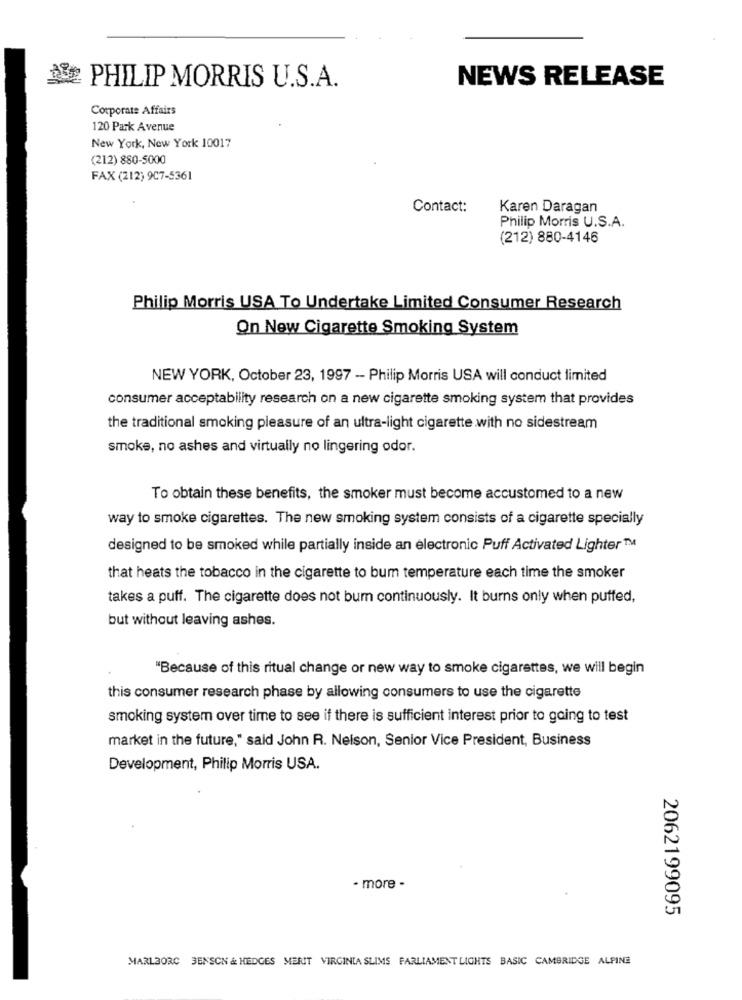
NEWS RELEASE
PHILIP MORRIS U.S.A.
Corporate Affairs
120 Park Avenue
New York, New York 10017
(212) 880-5000
FAX (212) 907-5361
Contact:
Karen Daragan
Philip Morris U.S.A.
(212) 880-4146
Philip Morris USA To Undertake Limited Consumer Research
On New Cigarette Smoking System
NEW YORK, October 23, 1997 - Philip Morris USA will conduct limited
consumer acceptability research on a new cigarette smoking system that provides
the traditional smoking pleasure of an ultra-light cigarette with no sidestream
smoke, no ashes and virtually no lingering odor.
To obtain these benefits, the smoker must become accustomed to a new
way to smoke cigarettes. The new smoking system consists of a cigarette specially
designed to be smoked while partially inside an electronic Puff Activated Lighter™
that heats the tobacco in the cigarette to bum temperature each time the smoker
takes a puff. The cigarette does not bum continuously. It burns only when puffed,
but without leaving ashes.
"Because of this ritual change or new way to smoke cigarettes, we will begin
this consumer research phase by allowing consumers to use the cigarette
smoking system over time to see if there is sufficient interest prior to going to test
market in the future," said John R. Nelson, Senior Vice President, Business
Development, Philip Morris USA.
· more -
2062199095
MARLBORC BENSON & HEDGES MERIT VIRGINIA SLIMS PARLIAMENT LIGHTS BASIC CAMBRIDGE ALPINE